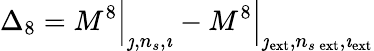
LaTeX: \Delta_{8}=M^{8}\Big\vert_{\jmath,n_{s},\imath}-M^{8}\Big\vert_{\jmath_{\mathrm{ext}},n_{s\, \mathrm{ext}},\imath_{\mathrm{ext}}}